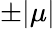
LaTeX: \pm|\mu|